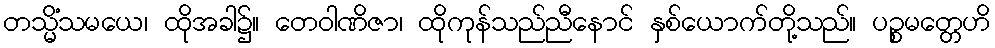
တသ္မိံသမယေ၊ ထိုအခါ၌။ တေဝါဏိဇာ၊ ထိုကုန်သည်ညီနောင် နှစ်ယောက်တို့သည်။ ပဉ္စမတ္တေဟိ